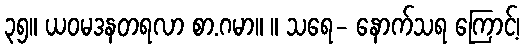
၃၅။ ယဝမဒနတရလာ စာ.ဂမာ။ ။ သရေ- နောက်သရ ကြောင့်၊